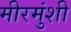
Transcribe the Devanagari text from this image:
मीरमुंशी